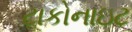
ટાકોનાઇટ